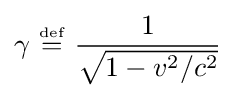
\gamma \ {\overset {\underset {\mathrm {def} }{}}{=}}\ {\frac {1}{\sqrt {1-v^{2}/c^{2}}}}